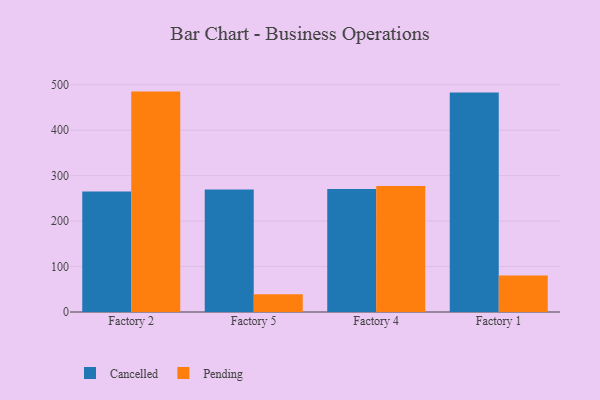
{"axis": {"x": "Factory", "y": "Headcount"}, "legend": ["Cancelled", "Pending"], "data": [{"x": "Factory 2", "y": 265.1, "type": "Cancelled"}, {"x": "Factory 2", "y": 485.0, "type": "Pending"}, {"x": "Factory 5", "y": 269.7, "type": "Cancelled"}, {"x": "Factory 5", "y": 38.8, "type": "Pending"}, {"x": "Factory 4", "y": 270.9, "type": "Cancelled"}, {"x": "Factory 4", "y": 277.1, "type": "Pending"}, {"x": "Factory 1", "y": 482.8, "type": "Cancelled"}, {"x": "Factory 1", "y": 80.3, "type": "Pending"}]}